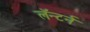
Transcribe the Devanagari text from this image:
लॅन्टर्न